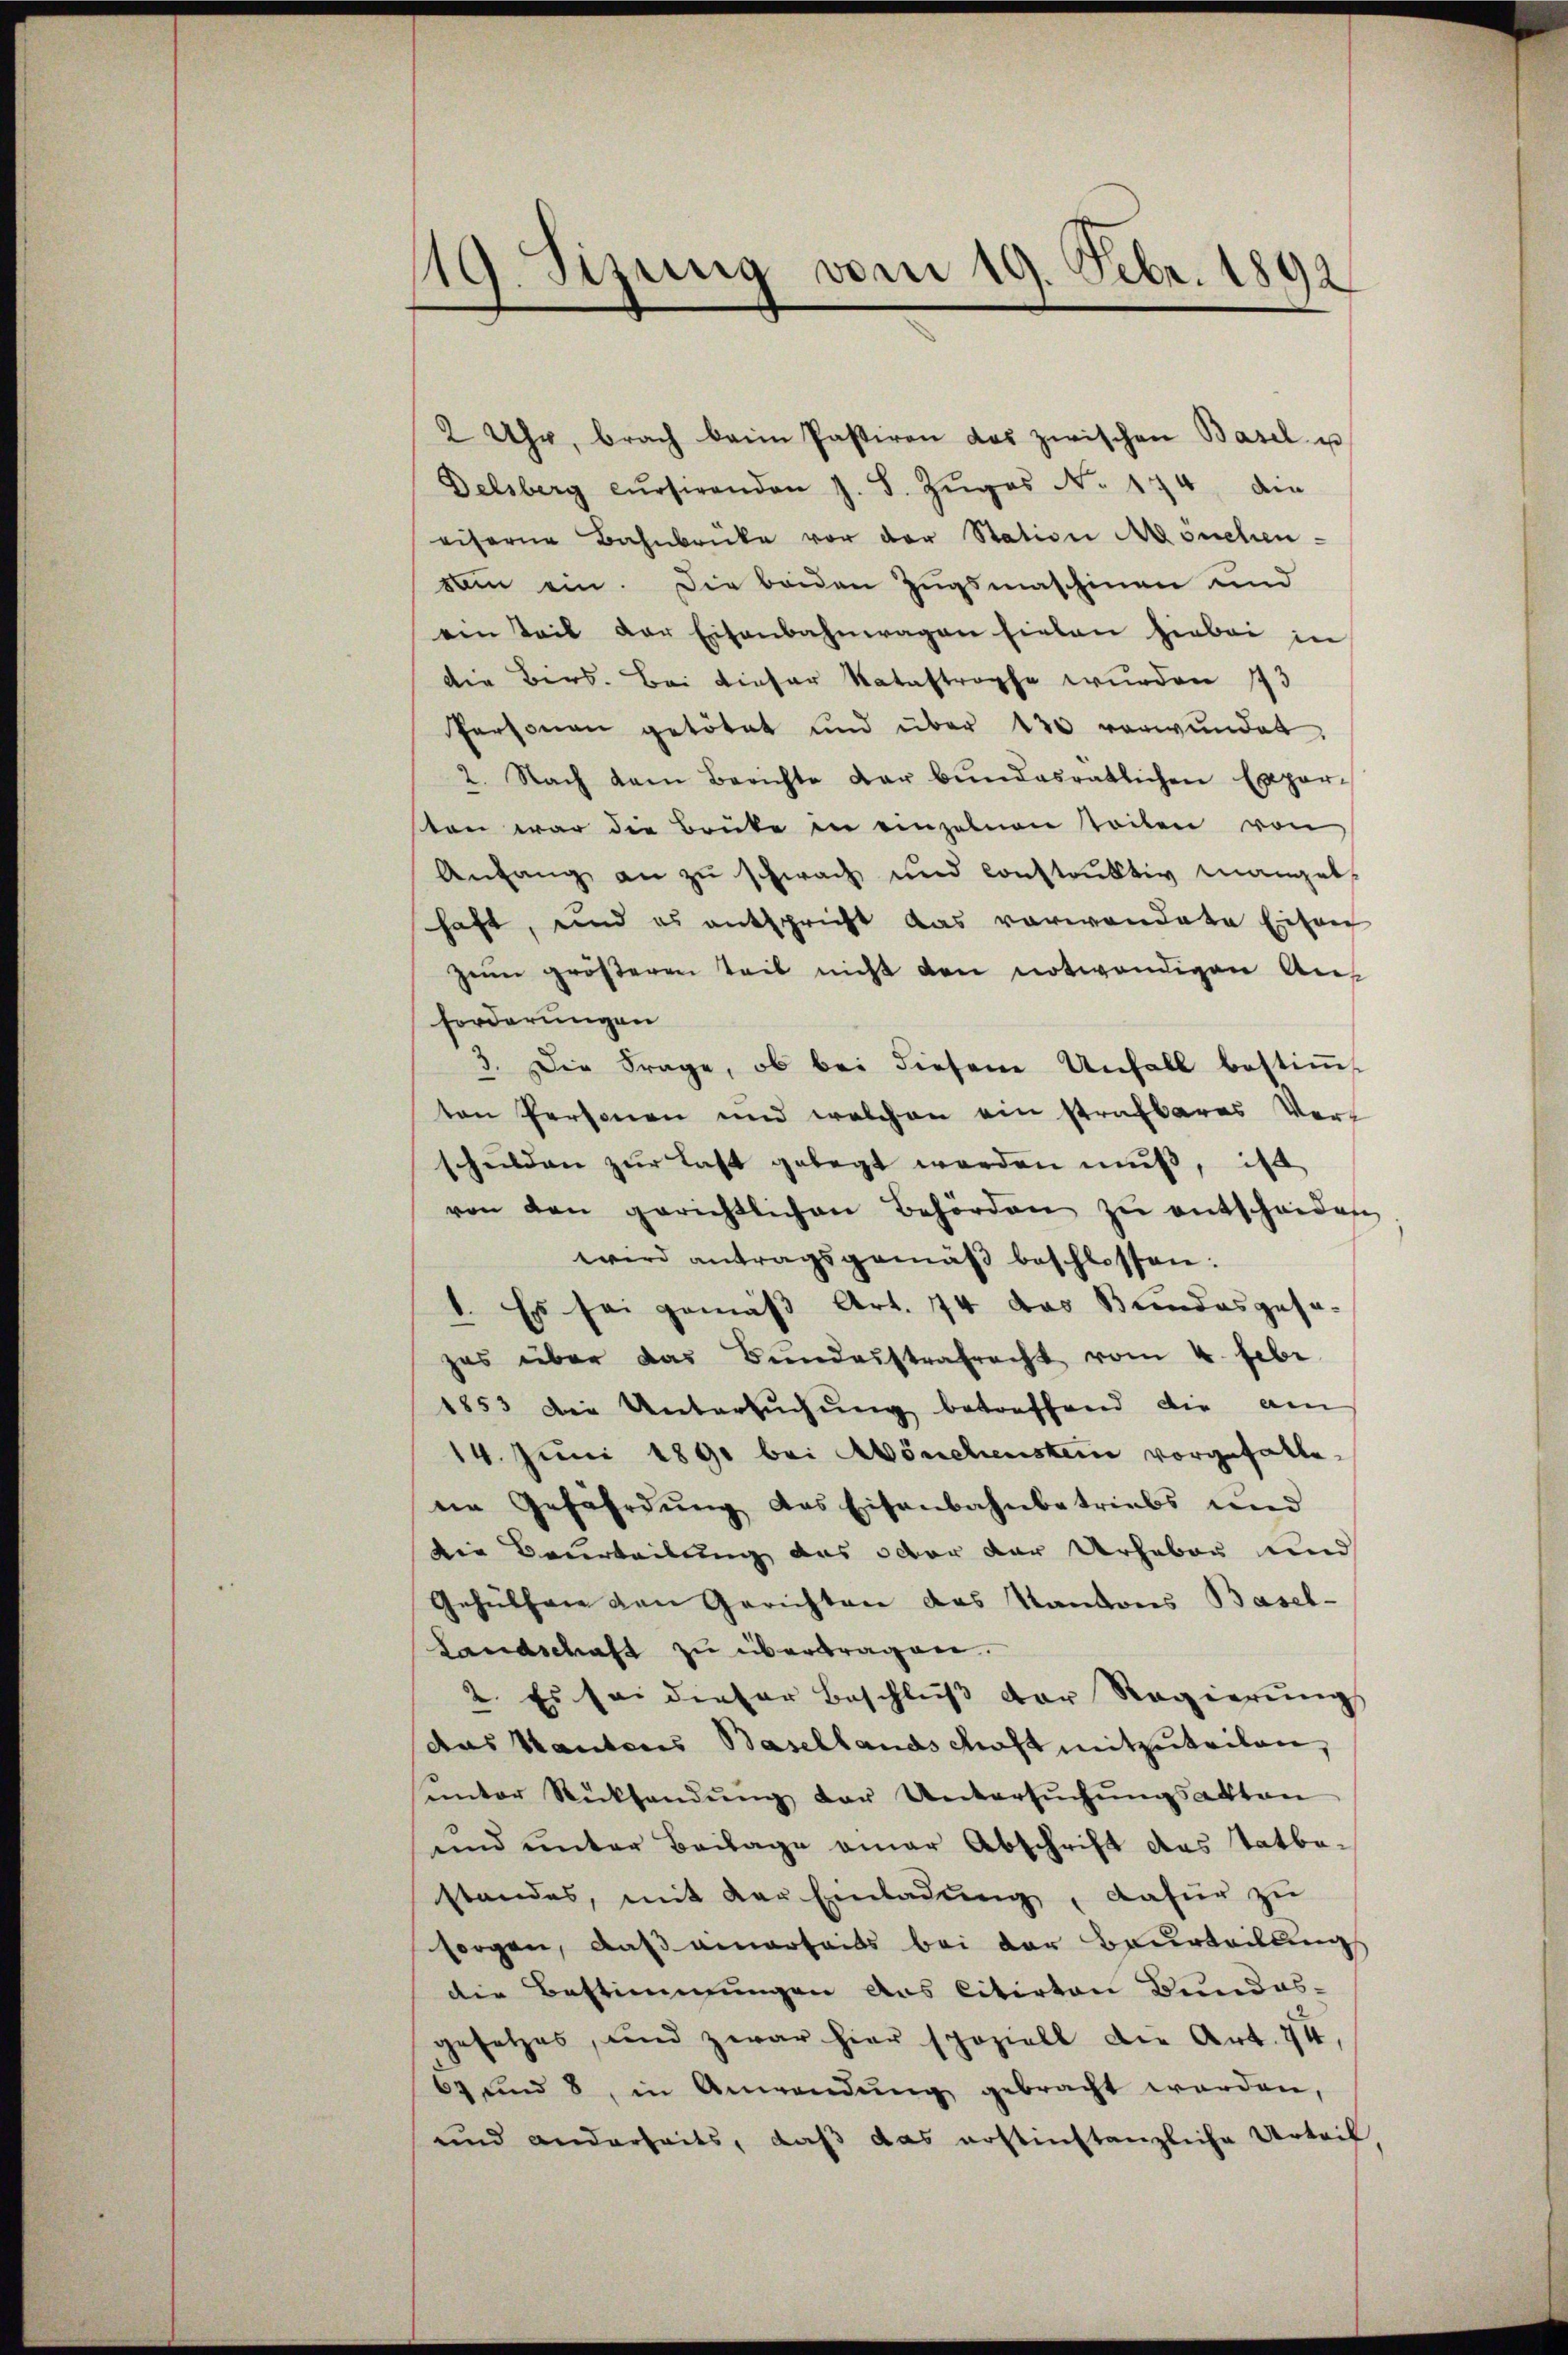
119. Sizung vom 19. Febr. 1892

2 Uhr, brach beim Pastiren das zwischen Basel u
Delsberg cŭrsirenden J. S. Zŭges N. 174, ain
eiferne Bahnbrücke vor der Station suchen-
vain ein. Die beiden Zŭgsmaschinen und
ven Teil der Eisenbahnwagen fielen hiebei in
die Bers. Bei dieser Katastrophe wurden 173
Personen getötet und über 430 verwundet.
2. Nach dem Berichte der bundesratlichen Experten war die Baute in einzelnen teilen von
Anfang an zu schwach und construktiv mangel
haft, und es entspricht das vorwandete Eisen
zem größeren Teil nicht den notwendigen Aus
forderungen
3. Die Frage, ob bei diesem Unfall bestiṁt
ten Personen und welchen ein strafbares Vors
schulden zur Last gelegt werden muß, ist
von den gerichtlichen Behörden zŭ entscheiden
wird antragsgemäβ beschlossen:
1. Es sei gemäß Art. 74 das Bundesgesahas über das Bundesstrafrecht vom 4. Febr.
1853 die Untersŭchŭng betreffend die am
14. Juni 1891 bei Mönchenstein vorgefalle
ne Gefährdung das Eisenbahnbetriebs und
die Beurteilung das oder der Urheber und
Gehülfen den Gerichten das Kantons Basel-
Landschaft zu übertragen.
2. Es sei dieser Beschluß der Regierung
das Kantons Basellandschaft mitzuteilen,
antor Rücksendŭng der Untersŭchŭngsakten
und unter Beilage einer Abschrift das Tatbe-
standes, mit der Einladŭng, dafür zu
sorgen, daß einerseits bei der Beurteilung
die Bestimmungen das Citirten Bundes-
gesetzes, und zwar hier speziell die Art. 74,
67 und 8, in Anwendŭng gebracht werden,
und anderheits, daß das erstinstanzliche Urteif,